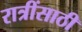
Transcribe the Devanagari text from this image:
रात्रींसाठी